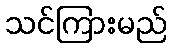
သင်ကြားမည်